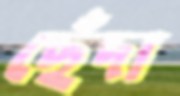
ছেঁদা